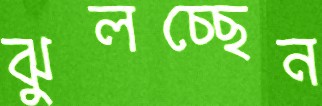
ঝুলচ্ছেন